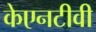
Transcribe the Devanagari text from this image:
केएनटीवी